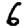
Digit: 6